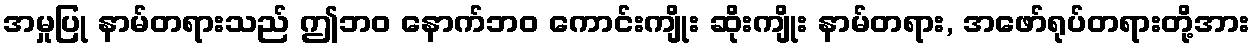
အမှုပြု နာမ်တရားသည် ဤဘဝ နောက်ဘဝ ကောင်းကျိုး ဆိုးကျိုး နာမ်တရား, အဖော်ရုပ်တရားတို့အား